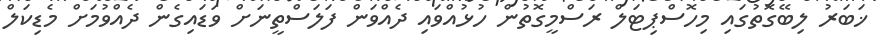
ޚަބަރު ލިބޭގޮތުގައި މިހޮސްޕިޓަލް ރަސްމީގޮތުން ހުޅުއްވައި ދެއްވަން ފަލަސްތީނަށް ވަޑައިގެން ދެއްވުމަށް މެޑިކަލް